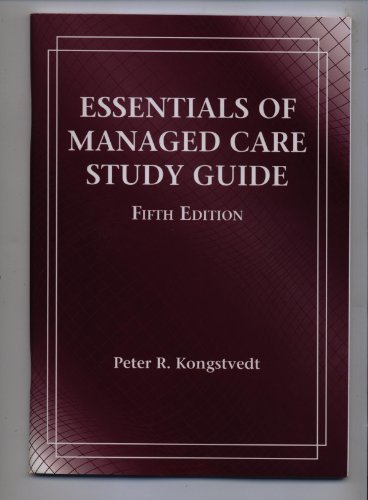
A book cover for Essentials Managed Health Care Study Guide: Student Edition; Kongstvedt; Medical Books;